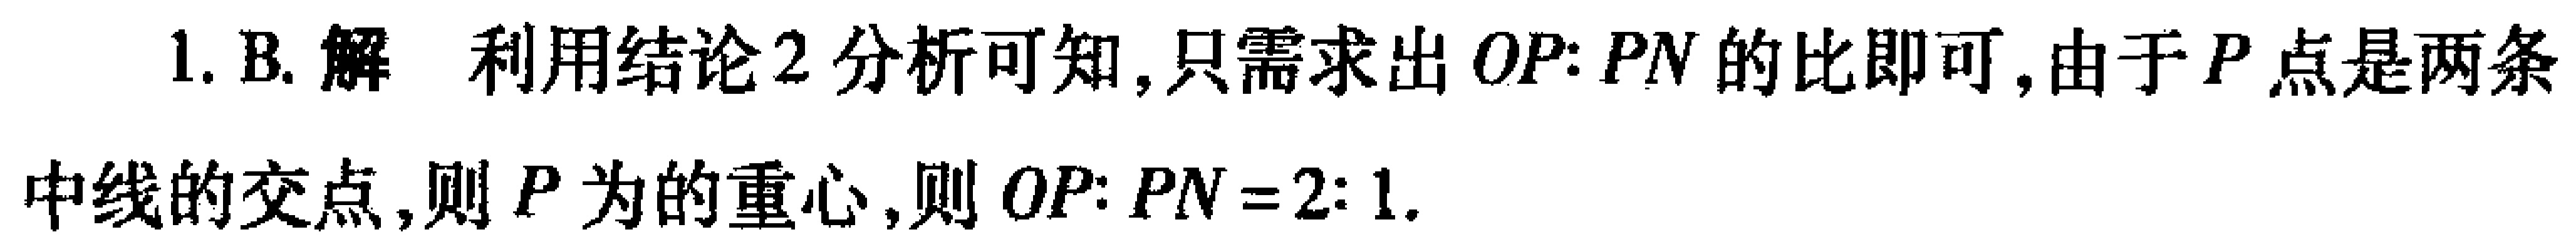
1. B. 解 利用结论2分析可知,只需求出 \(OP:PN\) 的比即可,由于 \(P\) 点是两条中线的交点,则 \(P\) 为的重心,则 \(OP:PN = 2:1\).